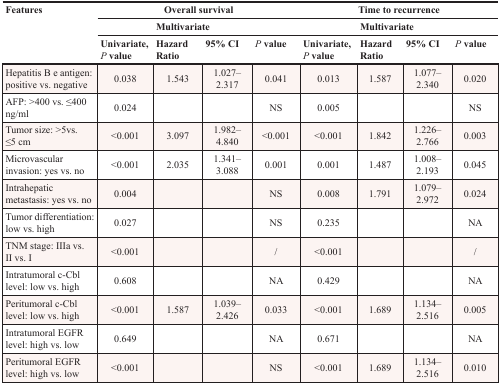
| <ROWSPAN=3> Features | <COLSPAN=4> Overall survival | <COLSPAN=4> Time to recurrence |
 | <COLSPAN=4> Multivariate | <COLSPAN=4> Multivariate |
 | Univariate, P value | Hazard Ratio | 95% CI | P value | Univariate, P value | Hazard Ratio | 95% CI | P value |
 | --- | --- | --- | --- | --- | --- | --- | --- | --- |
 | Hepatitis B e antigen: positive vs. negative | 0.038 | 1.543 | 1.027–2.317 | 0.041 | 0.013 | 1.587 | 1.077–2.340 | 0.020 |
 | AFP: >400 vs. ≤400 ng/ml | 0.024 |  |  | NS | 0.005 |  |  | NS |
 | Tumor size: >5vs. ≤5 cm | <0.001 | 3.097 | 1.982–4.840 | <0.001 | <0.001 | 1.842 | 1.226–2.766 | 0.003 |
 | Microvascular invasion: yes vs. no | <0.001 | 2.035 | 1.341–3.088 | 0.001 | 0.001 | 1.487 | 1.008–2.193 | 0.045 |
 | Intrahepatic metastasis: yes vs. no | 0.004 |  |  | NS | 0.008 | 1.791 | 1.079–2.972 | 0.024 |
 | Tumor differentiation: low vs. high | 0.027 |  |  | NS | 0.235 |  |  | NA |
 | TNM stage: IIIa vs. II vs. I | <0.001 |  |  | / | <0.001 |  |  | / |
 | Intratumoral c-Cbl level: low vs. high | 0.608 |  |  | NA | 0.429 |  |  | NA |
 | Peritumoral c-Cbl level: low vs. high | <0.001 | 1.587 | 1.039–2.426 | 0.033 | <0.001 | 1.689 | 1.134–2.516 | 0.005 |
 | Intratumoral EGFR level: high vs. low | 0.649 |  |  | NA | 0.671 |  |  | NA |
 | Peritumoral EGFR level: high vs. low | <0.001 |  |  | NS | <0.001 | 1.689 | 1.134–2.516 | 0.010 |